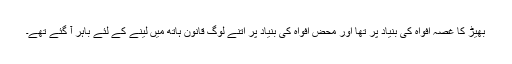
بھیڑ کا غصہ افواہ کی بنیاد پر تھا اور محض افواہ کی بنیاد پر اتنے لوگ قانون ہاتھ میں لینے کے لئے باہر آ گئے تھے۔